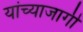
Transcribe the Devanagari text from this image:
यांच्याजागी